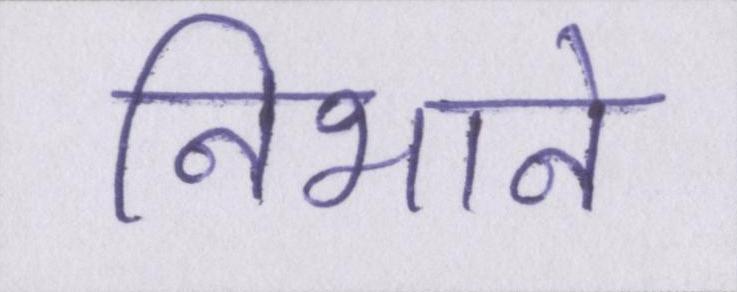
निभाने